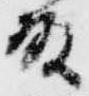
殿